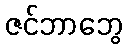
ဇင်ဘာဘွေ